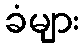
ခံများ